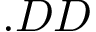
. D D